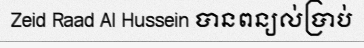
Zeid Raad Al Hussein បានពន្យល់ប្រាប់